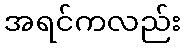
အရင်ကလည်း